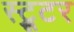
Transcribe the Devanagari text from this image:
स्ट्रूटर